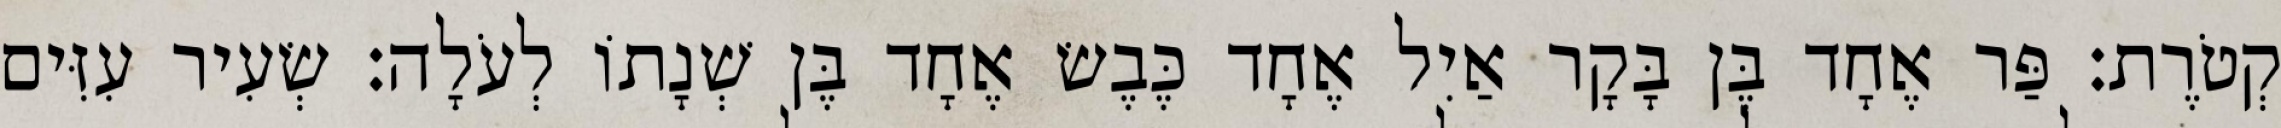
קְטֹרֶת׃ פַּר אֶחָד בֶּן בָּקָר אַיִל אֶחָד כֶּבֶשׂ אֶחָד בֶּן שְׁנָתוֹ לְעֹלָה׃ שְׂעִיר עִזִּים